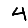
Digit: 4